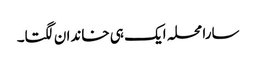
سارا محلہ ایک ہی خاندان لگتا۔